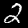
Digit: 2